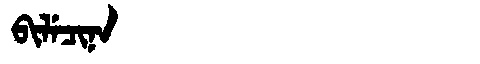
Manchu: ᠪᡳᠯᡝᠴᡳᠨᠠ
Romanization: BILECINA